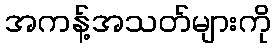
အကန့်အသတ်များကို